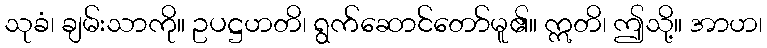
သုခံ၊ ချမ်းသာကို။ ဥပဋ္ဌဟတိ၊ ရွက်ဆောင်တော်မူ၏။ ဣတိ၊ ဤသို့။ အာဟ၊